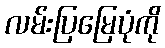
လမ်းပြမြေပုံကို